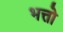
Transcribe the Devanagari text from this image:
भत्तो